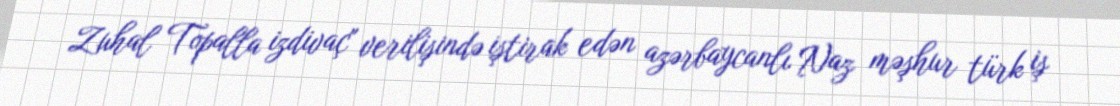
Zuhal Topalla izdivaç" verilişində iştirak edən azərbaycanlı Naz məşhur türk iş